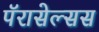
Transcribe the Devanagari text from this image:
पॅरासेल्सस